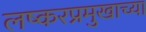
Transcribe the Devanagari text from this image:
लष्करप्रमुखाच्या